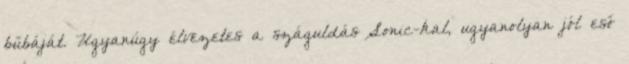
bűbáját. Ugyanúgy élvezetes a száguldás Sonic-kal, ugyanolyan jól eső